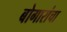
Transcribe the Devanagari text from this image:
बोगारांचा